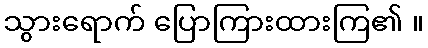
သွားရောက် ပြောကြားထားကြ၏ ။